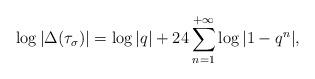
LaTeX: \begin{align*}\log\vert\Delta(\tau_\sigma)\vert = \log\vert q\vert+24\sum_{n=1}^{+\infty}\log\vert1-q^n\vert,\end{align*}